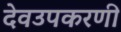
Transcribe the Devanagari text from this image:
देवउपकरणी